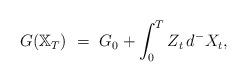
LaTeX: \begin{align*}G(\mathbb X_T) \ = \ G_0 + \int_0^T Z_t \, d^- X_t,\end{align*}